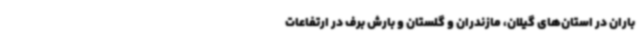
باران در استان‌های گیلان، مازندران و گلستان و بارش برف در ارتفاعات